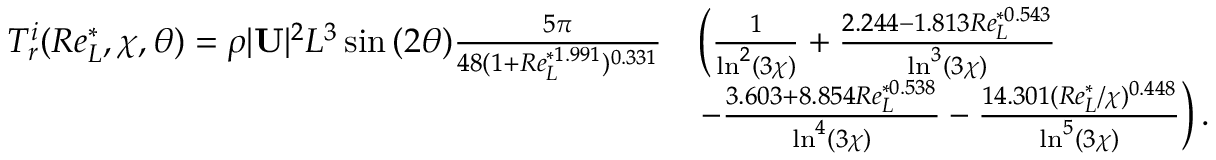
\begin{array} { r l } { T _ { r } ^ { i } ( R e _ { L } ^ { * } , \chi , \theta ) = \rho | \mathbf { U } | ^ { 2 } L ^ { 3 } \sin { ( 2 \theta ) } \frac { 5 \pi } { 4 8 ( 1 + R e _ { L } ^ { * 1 . 9 9 1 } ) ^ { 0 . 3 3 1 } } } & { \left( \frac { 1 } { \ln ^ { 2 } ( 3 \chi ) } + \frac { 2 . 2 4 4 - 1 . 8 1 3 R e _ { L } ^ { * 0 . 5 4 3 } } { \ln ^ { 3 } ( 3 \chi ) } \right. } \\ & { \left. - \frac { 3 . 6 0 3 + 8 . 8 5 4 R e _ { L } ^ { * 0 . 5 3 8 } } { \ln ^ { 4 } ( 3 \chi ) } - \frac { 1 4 . 3 0 1 ( R e _ { L } ^ { * } / \chi ) ^ { 0 . 4 4 8 } } { \ln ^ { 5 } ( 3 \chi ) } \right) . } \end{array}